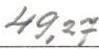
49,27